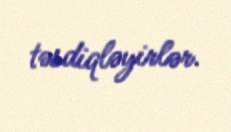
təsdiqləyirlər.